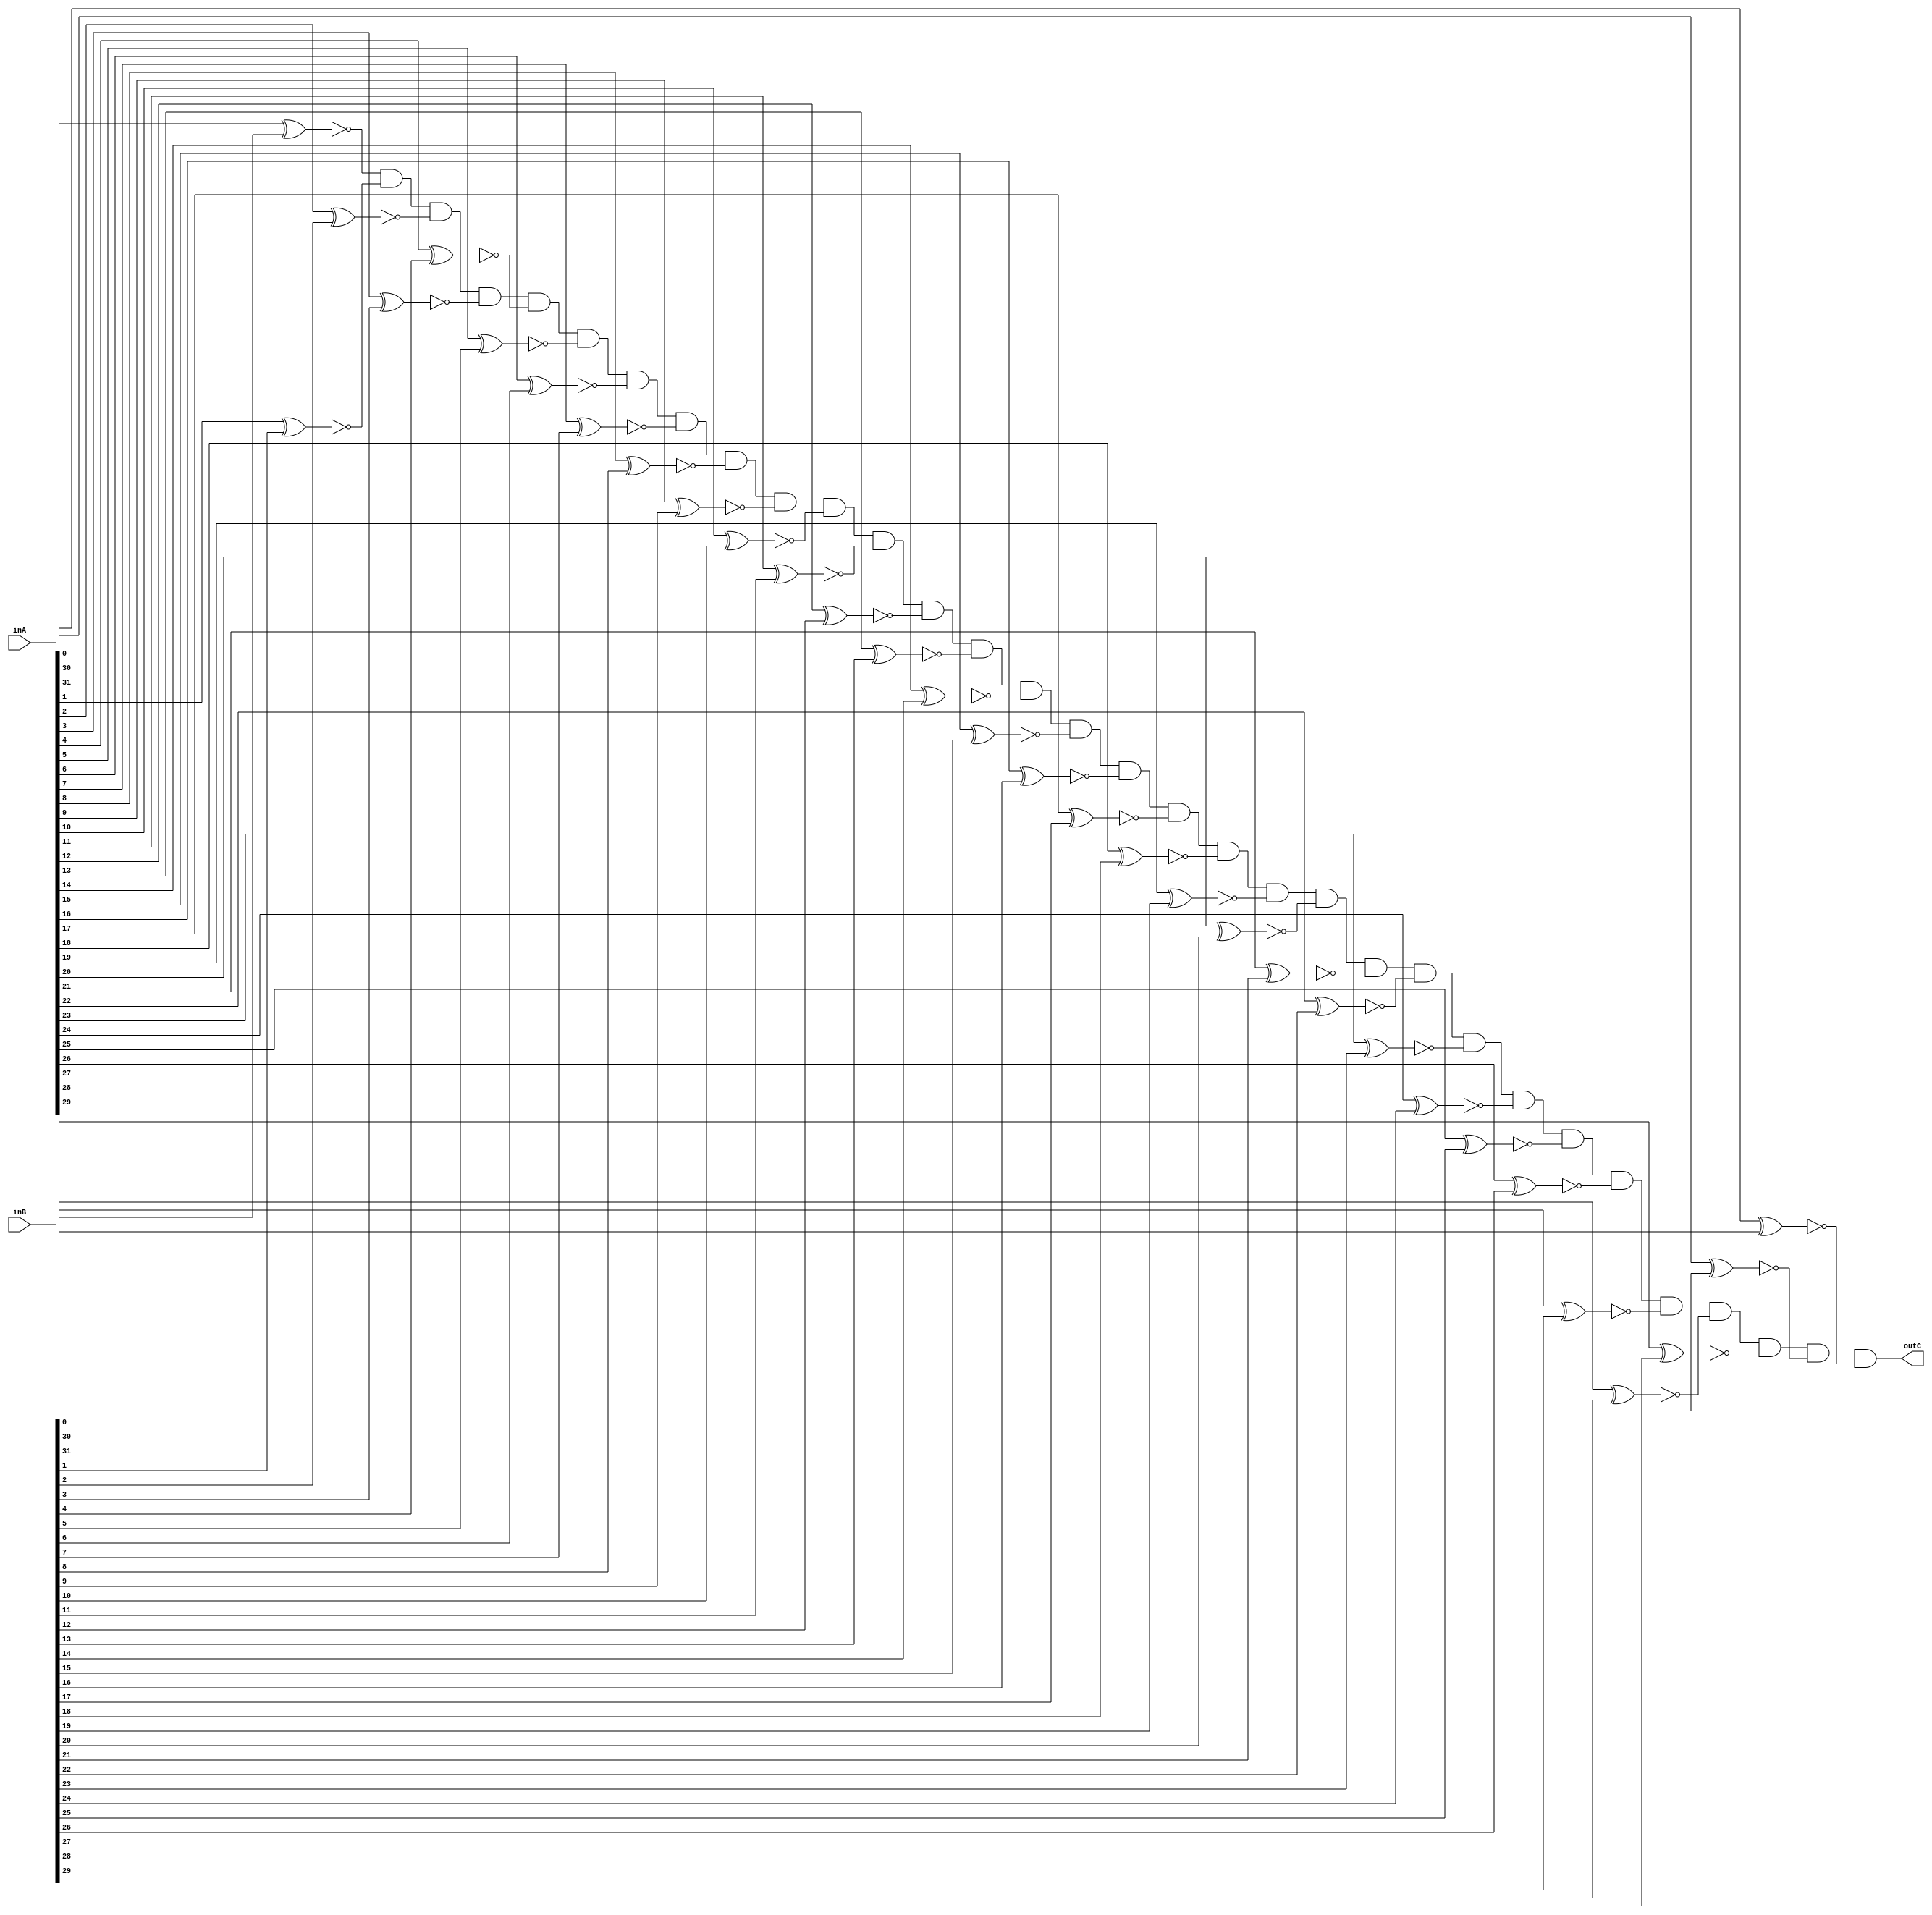
module equals(inA, inB, outC);
//Performance Cost: 9
/*So these are similar to arrays, in the sense that we have made
32 input wires and called them inA, which can be referred to as such */
input wire [31:0] inA, inB;
wire [31:0] Y0, Y1;
output wire outC;

//32 bits
xor #6 (Y0[0], inA[0], inB[0]);
not #1 (Y1[0], Y0[0]);

xor #6 (Y0[1], inA[1], inB[1]);
not #1 (Y1[1], Y0[1]);

xor #6 (Y0[2], inA[2], inB[2]);
not #1 (Y1[2], Y0[2]);

xor #6 (Y0[3], inA[3], inB[3]);
not #1 (Y1[3], Y0[3]);

xor #6 (Y0[4], inA[4], inB[4]);
not #1 (Y1[4], Y0[4]);

xor #6 (Y0[5], inA[5], inB[5]);
not #1 (Y1[5], Y0[5]);

xor #6 (Y0[6], inA[6], inB[6]);
not #1 (Y1[6], Y0[6]);

xor #6 (Y0[7], inA[7], inB[7]);
not #1 (Y1[7], Y0[7]);

xor #6 (Y0[8], inA[8], inB[8]);
not #1 (Y1[8], Y0[8]);

xor #6 (Y0[9], inA[9], inB[9]);
not #1 (Y1[9], Y0[9]);

xor #6 (Y0[10], inA[10], inB[10]);
not #1 (Y1[10], Y0[10]);

xor #6 (Y0[11], inA[11], inB[11]);
not #1 (Y1[11], Y0[11]);

xor #6 (Y0[12], inA[12], inB[12]);
not #1 (Y1[12], Y0[12]);

xor #6 (Y0[13], inA[13], inB[13]);
not #1 (Y1[13], Y0[13]);

xor #6 (Y0[14], inA[14], inB[14]);
not #1 (Y1[14], Y0[14]);

xor #6 (Y0[15], inA[15], inB[15]);
not #1 (Y1[15], Y0[15]);

xor #6 (Y0[16], inA[16], inB[16]);
not #1 (Y1[16], Y0[16]);

xor #6 (Y0[17], inA[17], inB[17]);
not #1 (Y1[17], Y0[17]);

xor #6 (Y0[18], inA[18], inB[18]);
not #1 (Y1[18], Y0[18]);

xor #6 (Y0[19], inA[19], inB[19]);
not #1 (Y1[19], Y0[19]);

xor #6 (Y0[20], inA[20], inB[20]);
not #1 (Y1[20], Y0[20]);

xor #6 (Y0[21], inA[21], inB[21]);
not #1 (Y1[21], Y0[21]);

xor #6 (Y0[22], inA[22], inB[22]);
not #1 (Y1[22], Y0[22]);

xor #6 (Y0[23], inA[23], inB[23]);
not #1 (Y1[23], Y0[23]);

xor #6 (Y0[24], inA[24], inB[24]);
not #1 (Y1[24], Y0[24]);

xor #6 (Y0[25], inA[25], inB[25]);
not #1 (Y1[25], Y0[25]);

xor #6 (Y0[26], inA[26], inB[26]);
not #1 (Y1[26], Y0[26]);

xor #6 (Y0[27], inA[27], inB[27]);
not #1 (Y1[27], Y0[27]);

xor #6 (Y0[28], inA[28], inB[28]);
not #1 (Y1[28], Y0[28]);

xor #6 (Y0[29], inA[29], inB[29]);
not #1 (Y1[29], Y0[29]);

xor #6 (Y0[30], inA[30], inB[30]);
not #1 (Y1[30], Y0[30]);

xor #6 (Y0[31], inA[31], inB[31]);
not #1 (Y1[31], Y0[31]);

and #2 (outC,
	Y1[0], Y1[1], Y1[2], Y1[3], Y1[4], Y1[5], Y1[6], Y1[7], Y1[8], Y1[9],
	Y1[10], Y1[11], Y1[12], Y1[13], Y1[14], Y1[15], Y1[16], Y1[17], Y1[18],
	Y1[19], Y1[20], Y1[21], Y1[22], Y1[23], Y1[24], Y1[25], Y1[26], Y1[27],
	Y1[28], Y1[29], Y1[30], Y1[31]
	);

endmodule